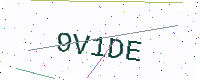
Text: 9V1DE